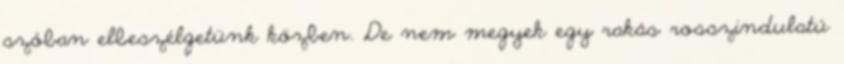
szóban elbeszélgetünk közben. De nem megyek egy rakás rosszindulatú